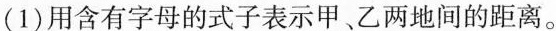
(1)用含有字母的式子表示甲、乙两地间的距离。